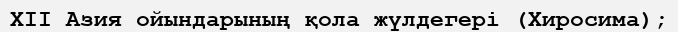
XII Азия ойындарының қола жүлдегері (Хиросима);